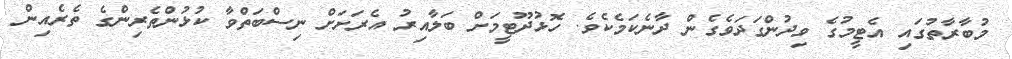
މުބާރާތުގައި އެޓީމުގެ ވިދުންގަދަވެގެން ދާނެކަމެކެވެ. ހޮޅުދޫޓީމަށް ބަލާއިރު އެރަށަށް ނިސްބަތްވާ ކުޅުންތެރިންގެ ތެރެއިން